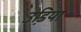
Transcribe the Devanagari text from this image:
उडि़या